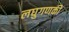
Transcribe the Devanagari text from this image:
लघुगणकी